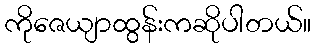
ကိုဇေယျာထွန်းကဆိုပါတယ်။